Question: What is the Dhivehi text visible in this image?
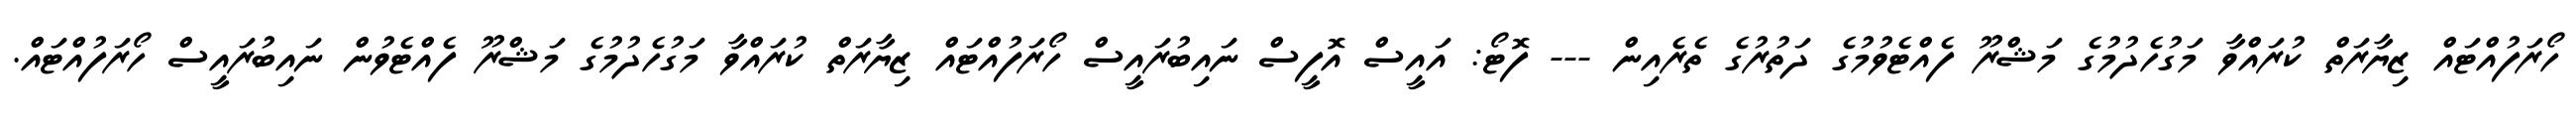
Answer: ހޯރަފުއްޓައް ޒިޔާރަތް ކުރައްވާ މަގުހެދުމުގެ މަޝްރޫ ފެއްޓެވުމުގެ ދަތުރުގެ ތެރެއިން --- ފޮޓޯ: އައީސް އޮފީސް ނައިބުރައީސް ހޯރަފުއްޓައް ޒިޔާރަތް ކުރައްވާ މަގުހެދުމުގެ މަޝްރޫ ފެއްޓެވުން ނައިބުރައީސް ހޯރަފުއްޓައް.